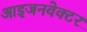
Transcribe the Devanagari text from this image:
आइजनवेक्टर